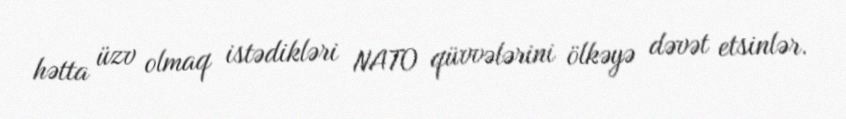
hətta üzv olmaq istədikləri NATO qüvvələrini ölkəyə dəvət etsinlər.